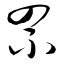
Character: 罘